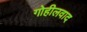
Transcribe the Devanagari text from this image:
गोहीलवाद